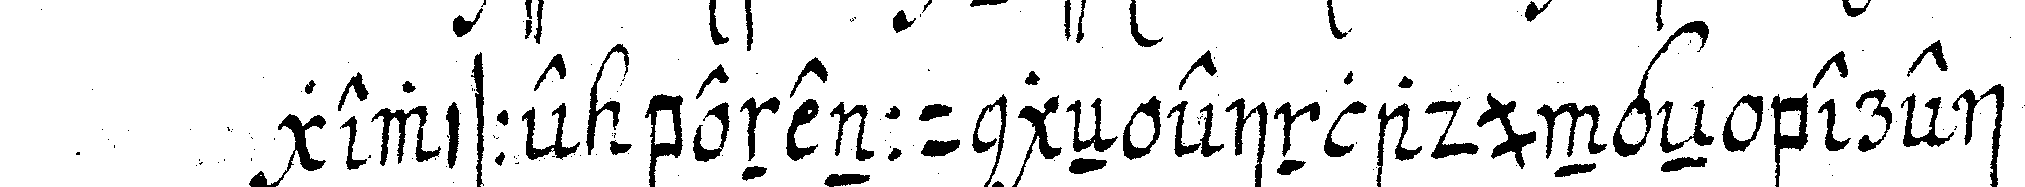
gewisse benennungeN einladungeN berei